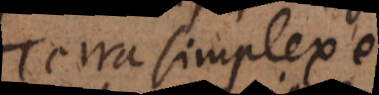
Terra simplex